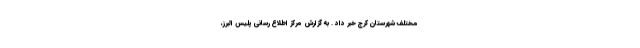
مختلف شهرستان کرج خبر داد . به گزارش مرکز اطلاع رسانی پلیس البرز،